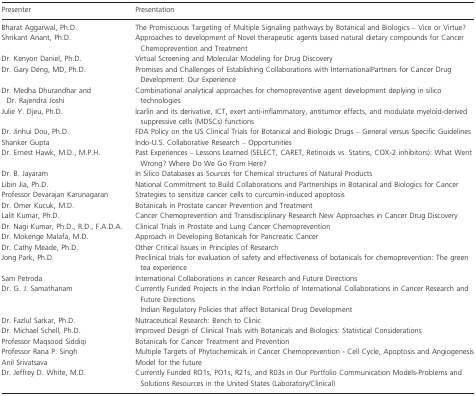
<table><thead><tr><td><b>Presenter</b></td><td><b>Presentation</b></td></tr></thead><tbody><tr><td>Bharat Aggarwal, Ph.D.</td><td>The Promiscuous Targeting of Multiple Signaling pathways by Botanical and Biologics – Vice or Virtue?</td></tr><tr><td>Shrikant Anant, Ph.D.</td><td>Approaches to development of Novel therapeutic agents based natural dietary compounds for Cancer Chemoprevention and Treatment</td></tr><tr><td>Dr. Kenyon Daniel, Ph.D.</td><td>Virtual Screening and Molecular Modeling for Drug Discovery</td></tr><tr><td>Dr. Gary Deng, MD, Ph.D.</td><td>Promises and Challenges of Establishing Collaborations with InternationalPartners for Cancer Drug Development: Our Experience</td></tr><tr><td>Dr. Medha Dhurandhar and Dr. Rajendra Joshi</td><td>Combinational analytical approaches for chemopreventive agent development deplying in silico technologies</td></tr><tr><td>Julie Y. Djeu, Ph.D.</td><td>Icarlin and its derivative, ICT, exert anti-inflammatory, antitumor effects, and modulate myeloid-derived suppressive cells (MDSCs) functions</td></tr><tr><td>Dr. Jinhui Dou, Ph.D.</td><td>FDA Policy on the US Clinical Trials for Botanical and Biologic Drugs – General versus Specific Guidelines</td></tr><tr><td>Shanker Gupta</td><td>Indo-U.S. Collaborative Research – Opportunities</td></tr><tr><td>Dr. Ernest Hawk, M.D., M.P.H.</td><td>Past Experiences – Lessons Learned (SELECT, CARET, Retinoids vs. Statins, COX-2 inhibitors): What Went Wrong? Where Do We Go From Here?</td></tr><tr><td>Dr. B. Jayaram</td><td>In Silico Databases as Sources for Chemical structures of Natural Products</td></tr><tr><td>Libin Jia, Ph.D.</td><td>National Commitment to Build Collaborations and Partnerships in Botanical and Biologics for Cancer</td></tr><tr><td>Professor Devarajan Karunagaran</td><td>Strategies to sensitize cancer cells to curcumin-induced apoptosis</td></tr><tr><td>Dr. Omer Kucuk, M.D.</td><td>Botanicals in Prostate cancer Prevention and Treatment</td></tr><tr><td>Lalit Kumar, Ph.D.</td><td>Cancer Chemoprevention and Transdisciplinary Research New Approaches in Cancer Drug Discovery</td></tr><tr><td>Dr. Nagi Kumar, Ph.D., R.D., F.A.D.A.</td><td>Clinical Trials in Prostate and Lung Cancer Chemoprevention</td></tr><tr><td>Dr. Mokenge Malafa, M.D.</td><td>Approach in Developing Botanicals for Pancreatic Cancer</td></tr><tr><td>Dr. Cathy Meade, Ph.D.</td><td>Other Critical Issues in Principles of Research</td></tr><tr><td>Jong Park, Ph.D.</td><td>Preclinical trials for evaluation of safety and effectiveness of botanicals for chemoprevention: The green tea experience</td></tr><tr><td>Sam Petroda</td><td>International Collaborations in cancer Research and Future Directions</td></tr><tr><td>Dr. G. J. Samathanam</td><td>Currently Funded Projects in the Indian Portfolio of International Collaborations in Cancer Research and Future DirectionsIndian Regulatory Policies that affect Botanical Drug Development</td></tr><tr><td>Dr. Fazlul Sarkar, Ph.D.</td><td>Nutraceutical Research: Bench to Clinic</td></tr><tr><td>Dr. Michael Schell, Ph.D.</td><td>Improved Design of Clinical Trials with Botanicals and Biologics: Statistical Considerations</td></tr><tr><td>Professor Maqsood Siddiqi</td><td>Botanicals for Cancer Treatment and Prevention</td></tr><tr><td>Professor Rana P. Singh</td><td>Multiple Targets of Phytochemicals in Cancer Chemoprevention - Cell Cycle, Apoptosis and Angiogenesis</td></tr><tr><td>Anil Srivatsava</td><td>Model for the future</td></tr><tr><td>Dr. Jeffrey D. White, M.D.</td><td>Currently Funded RO1s, PO1s, R21s, and R03s in Our Portfolio Communication Models-Problems and Solutions Resources in the United States (Laboratory/Clinical)</td></tr></tbody></table>